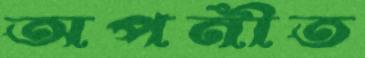
অপনীত